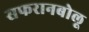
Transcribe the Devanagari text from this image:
सफरानबोलू